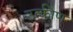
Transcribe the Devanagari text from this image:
उत्कीण